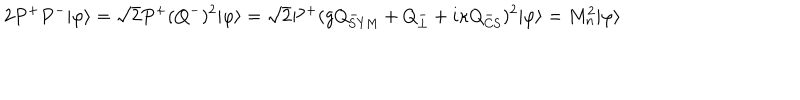
LaTeX: 2 P ^ { + } P ^ { - } | \varphi \rangle = \sqrt { 2 } P ^ { + } ( Q ^ { - } ) ^ { 2 } | \varphi \rangle = \sqrt { 2 } P ^ { + } ( g Q _ { \mathrm { S Y M } } ^ { - } + Q _ { \perp } ^ { - } + i \kappa Q _ { \mathrm { C S } } ^ { - } ) ^ { 2 } | \varphi \rangle = M _ { n } ^ { 2 } | \varphi \rangle